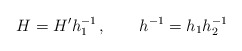
\begin{align*}H=H' h_1^{-1}\,,\qquad h^{-1}=h_1 h_2^{-1}\end{align*}